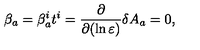
\beta _ { a } = \beta _ { a } ^ { i } t ^ { i } = \frac { \partial } { \partial ( \ln \varepsilon ) } \delta A _ { a } = 0 ,